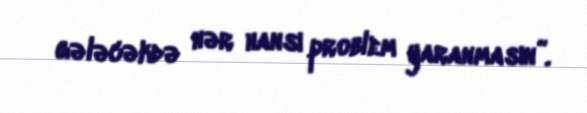
gələcəkdə hər hansı problem yaranmasın”.